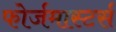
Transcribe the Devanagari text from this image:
फोर्जमास्टर्स